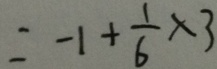
= - 1 + \frac { 1 } { 6 } \times 3